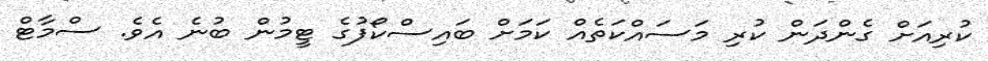
ކުރިއަށް ގެންދަން ކުރި މަސައްކަތެއް ކަމަށް ބައިސްކޯފުގެ ޓީމުން ބުނެ އެވެ. ސްމާޓް